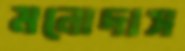
মনোদাস